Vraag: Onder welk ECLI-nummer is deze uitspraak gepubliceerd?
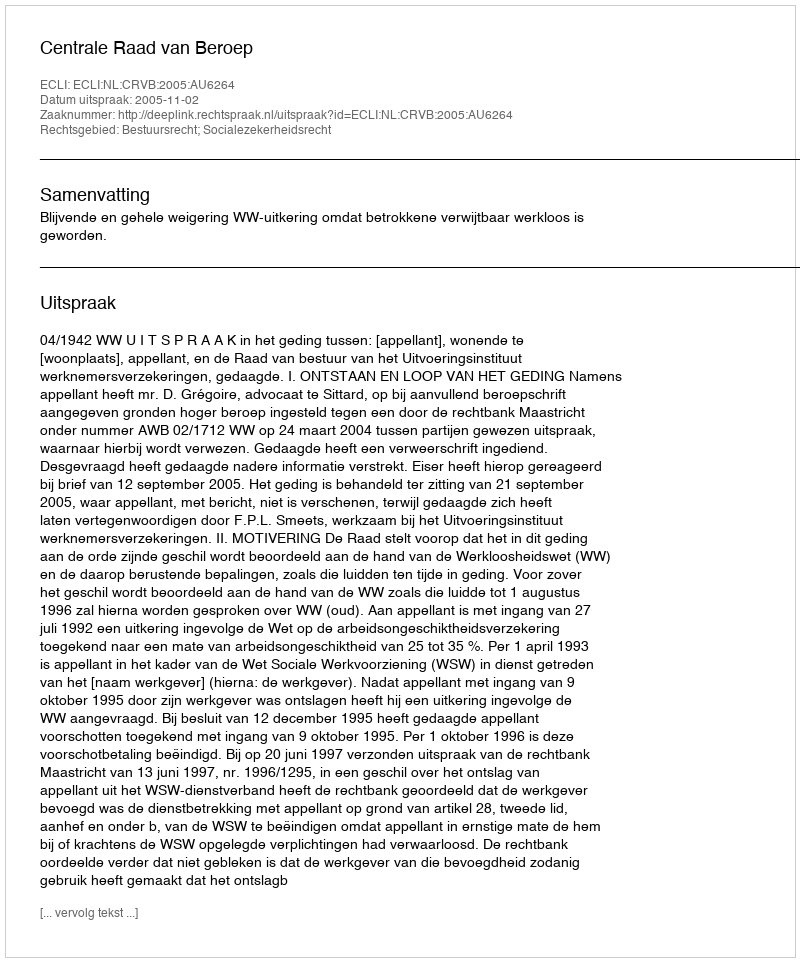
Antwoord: ECLI:NL:CRVB:2005:AU6264